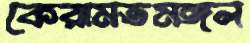
কেরামতমঙ্গল